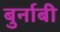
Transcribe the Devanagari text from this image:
बुर्नाबी